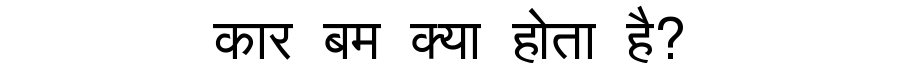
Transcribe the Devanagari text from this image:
कार बम क्या होता है?